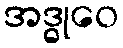
အဒ္ဓုဝေ